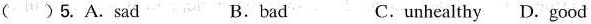
( )5. A.sad B.bad C.unhealthy D.good